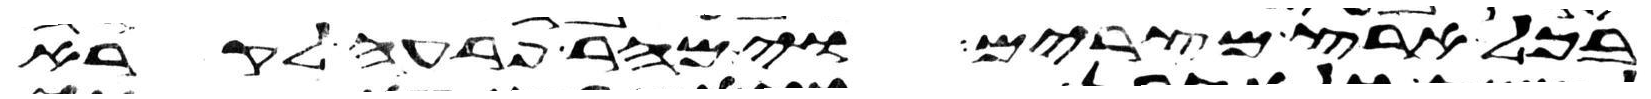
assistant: בכל ארץ מצרים וימהר פרעה לקרא